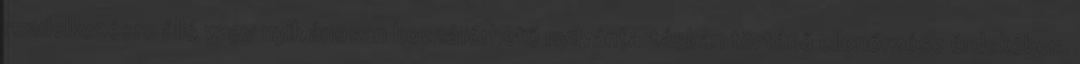
rendelkezésre álló vagy nyilvánosan hozzáférhető nyilvántartásban történő ellenőrzése érdekében.